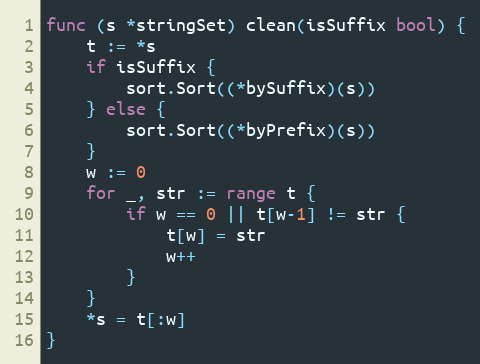
Language: Go
func (s *stringSet) clean(isSuffix bool) {
	t := *s
	if isSuffix {
		sort.Sort((*bySuffix)(s))
	} else {
		sort.Sort((*byPrefix)(s))
	}
	w := 0
	for _, str := range t {
		if w == 0 || t[w-1] != str {
			t[w] = str
			w++
		}
	}
	*s = t[:w]
}